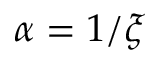
\alpha = 1 / \xi